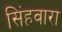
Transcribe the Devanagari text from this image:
सिंहवारा